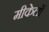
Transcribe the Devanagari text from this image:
मीकेलों